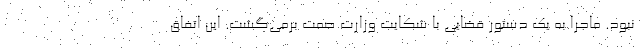
نبود. ماجرا به یک دستور قضایی با شکایت وزارت صمت برمی‌گشت. این اتفاق